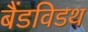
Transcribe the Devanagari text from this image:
बैंडविडथ